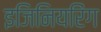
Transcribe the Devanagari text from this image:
इजिनियरिंग